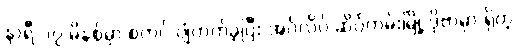
နာရီ ၁၇ မိနစ်မှာ စတင် ပျံတက်ခဲ့ပြီး အင်္ဂလိပ် ဆိပ်ကမ်းမြို့ ဒိုဗာမှာ ရှိတဲ့